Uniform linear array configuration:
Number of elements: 4
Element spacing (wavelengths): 0.75
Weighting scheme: cosine
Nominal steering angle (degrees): -45
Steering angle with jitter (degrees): -45.781
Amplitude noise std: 0.05
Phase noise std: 0.05

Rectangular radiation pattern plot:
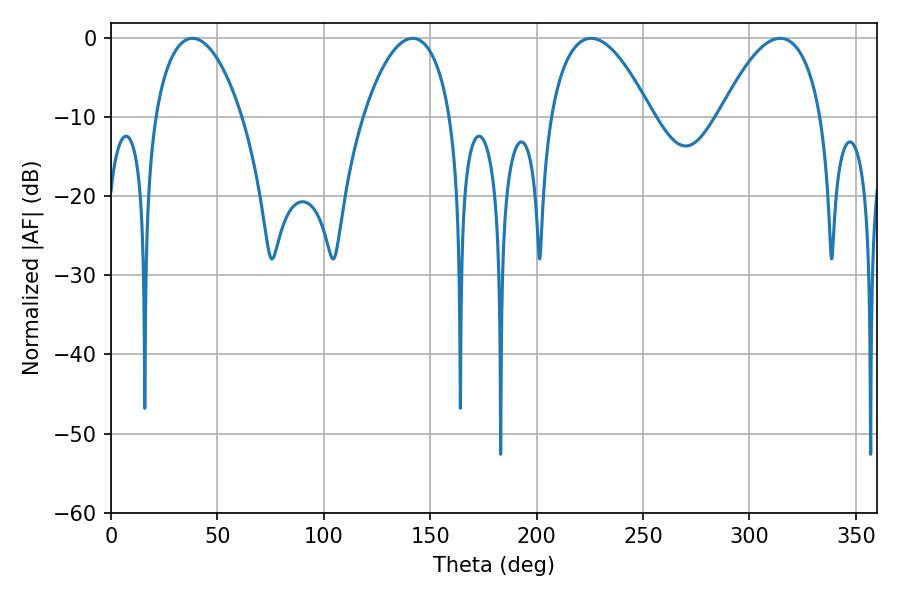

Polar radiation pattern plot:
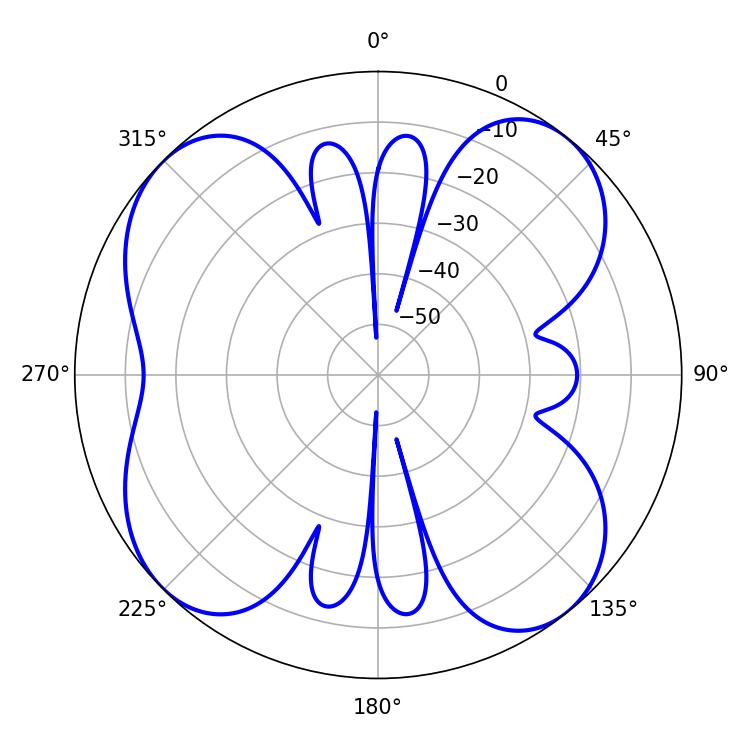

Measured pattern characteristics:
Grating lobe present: TRUE
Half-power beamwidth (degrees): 26.28
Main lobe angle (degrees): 314.46